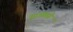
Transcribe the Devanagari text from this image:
पुरस्कते